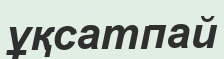
ұқсатпай